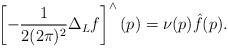
LaTeX: \begin{align*} \left[ - \frac{1}{2 (2 \pi)^2} \Delta_L f \right]^\wedge(p) = \nu (p) \hat{f}(p) .\end{align*}